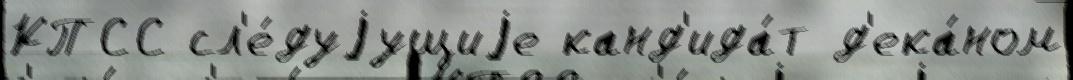
КПСС сл'е́дуjущиjе канд'ида́т д'ека́ном